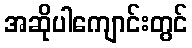
အဆိုပါကျောင်းတွင်